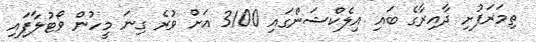
ތިމަރަފުށި ދާއިރާގެ ބައި އިލެކްޝަންގައި 3100 އަށް ވުރެ ގިނަ މީހުން ވޯޓުލާފައި